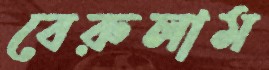
বেরুলাম